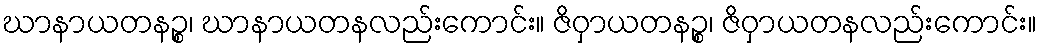
ဃာနာယတနဉ္စ၊ ဃာနာယတနလည်းကောင်း။ ဇိဝှာယတနဉ္စ၊ ဇိဝှာယတနလည်းကောင်း။